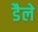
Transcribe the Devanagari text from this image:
डैले